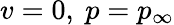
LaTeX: v=0,\ p=p_{\infty}